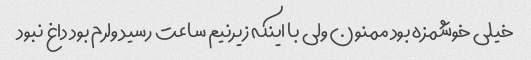
خیلی خوشمزه بود ممنون ولی با اینکه زیرنیم ساعت رسید ولرم بود داغ نبود